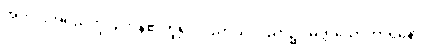
အတိုင်းအရှည်ကိုပြုကုန်၏ဟူ၍။ ပညာယ၊ ပညာ၌။ မတ္တသောကာရိနော၊